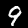
Label: 9